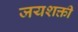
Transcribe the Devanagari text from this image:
जयशक्ती